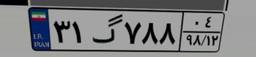
۲۸گ۰۰۶۳۲